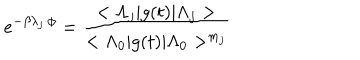
LaTeX: e ^ { - \beta \lambda _ { j } \cdot \phi } = \frac { < \Lambda _ { j } | g ( t ) | \Lambda _ { j } > } { < \Lambda _ { 0 } | g ( t ) | \Lambda _ { 0 } > ^ { m _ { j } } }